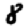
Digit: 8